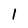
Character: l